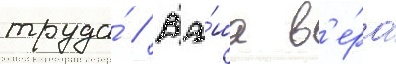
труда́ // Ва́ша в'е́ра